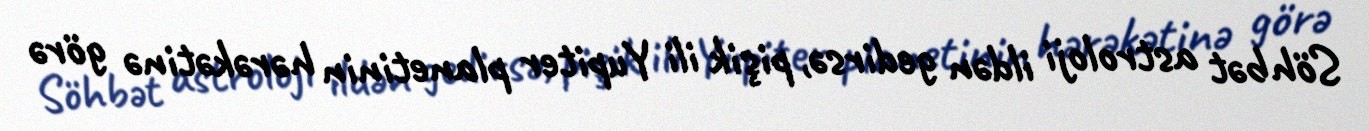
Söhbət astroloji ildən gedirsə, pişik ili Yupiter planetinin hərəkətinə görə